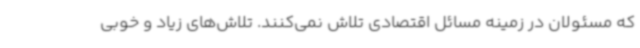
که مسئولان در زمینه مسائل اقتصادی تلاش نمی‌کنند. تلاش‌های زیاد و خوبی